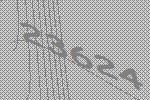
23624